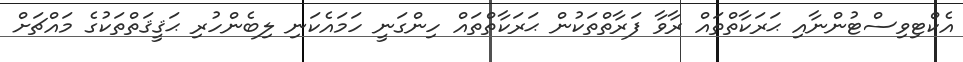
އެކްޓިވިސްޓުންނާއި ޙަރަކާތްތައް ރާވާ ފަރާތްތަކުން ޙަރަކާތްތައް ހިންގަނީ ހަމައެކަނި ލިބެންހުރި ޙަޤީޤަތްތަކުގެ މައްޗަށް